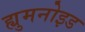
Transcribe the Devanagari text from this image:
ह्युमनोइड